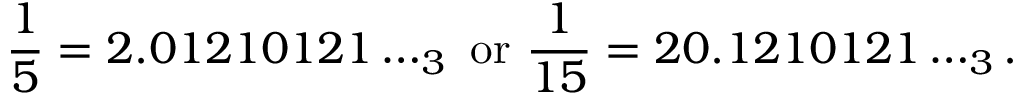
{ \frac { 1 } { 5 } } = 2 . 0 1 2 1 0 1 2 1 \dots _ { 3 } { \mathrm { ~ o r ~ } } { \frac { 1 } { 1 5 } } = 2 0 . 1 2 1 0 1 2 1 \dots _ { 3 } .